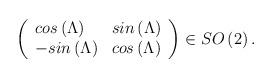
LaTeX: \begin{align*}\left( \begin{array}{ll}cos\left( \Lambda \right) & sin\left( \Lambda \right) \\ -sin\left( \Lambda \right) & cos\left( \Lambda \right)\end{array}\right) \in SO\left( 2\right) . \end{align*}